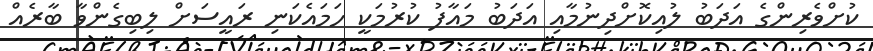
ކުށްވެރިންގެ އަދަބު ލުއިކޮށްދިނުމާއި އަދަބު މައާފު ކުރުމަކީ ހަމައެކަނި ރައީސަށް ލިބިގެންވާ ބާރެއް